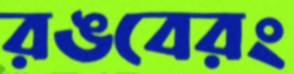
রঙবেরং